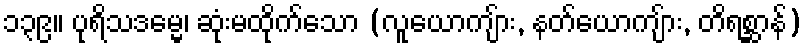
၁၃၉။ ပုရိသဒမ္မေ၊ ဆုံးမထိုက်သော (လူယောကျ်ား, နတ်ယောကျ်ား, တိရစ္ဆာန်)